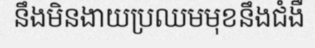
នឹងមិនងាយប្រឈមមុខនឹងជំងឺ